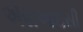
એસઆઇસી